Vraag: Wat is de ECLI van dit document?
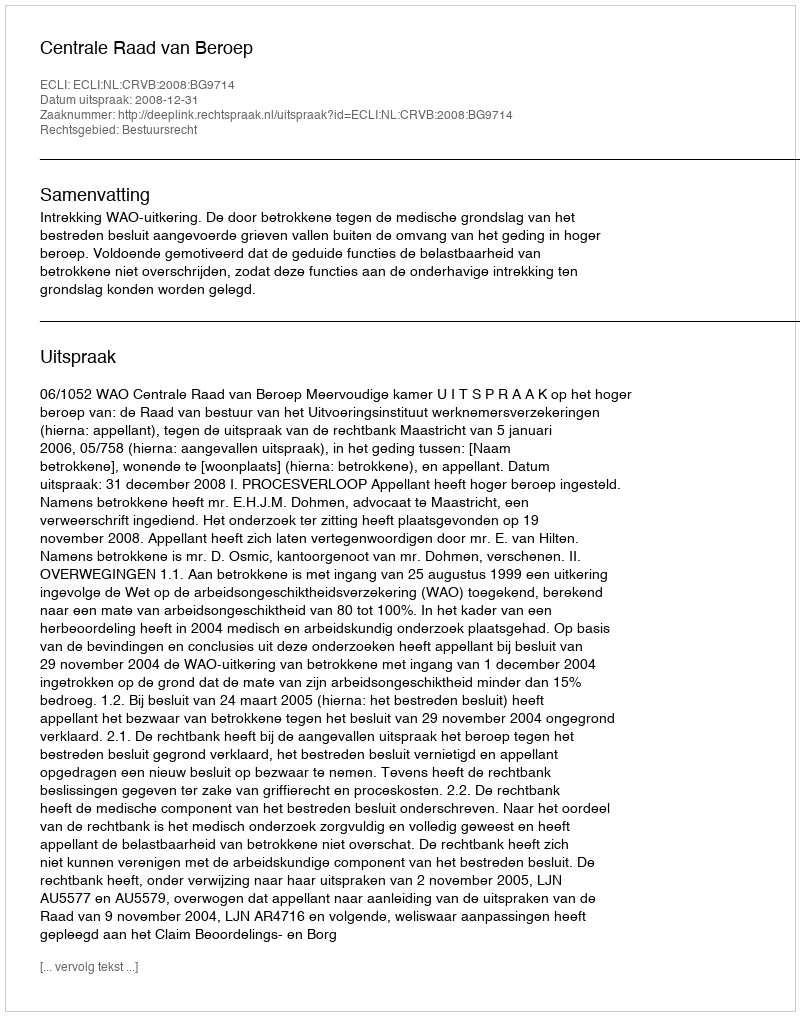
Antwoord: ECLI:NL:CRVB:2008:BG9714